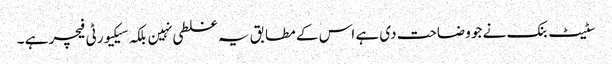
سٹیٹ بنک نے جو وضاحت دی ہے اس کے مطابق یہ غلطی نہین بلکہ سیکیورٹی فیچر ہے ۔